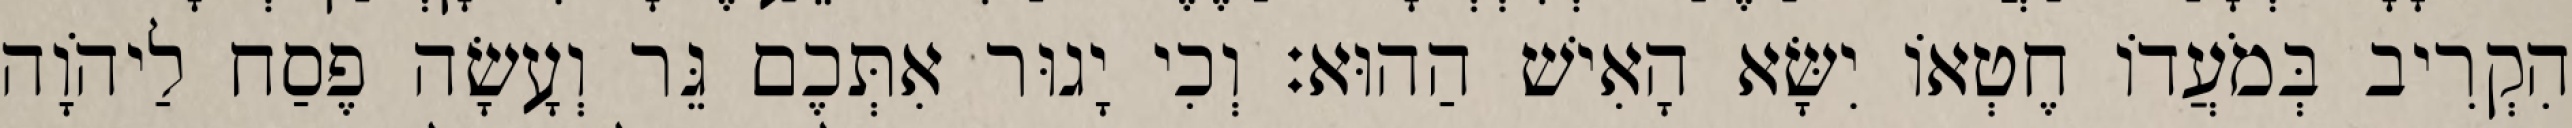
הִקְרִיב בְּמֹעֲדוֹ חֶטְאוֹ יִשָּׂא הָאִישׁ הַהוּא׃ וְכִי יָגוּר אִתְּכֶם גֵּר וְעָשָׂה פֶסַח לַיהֹוָה